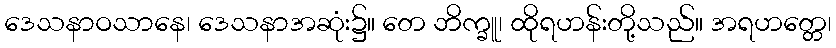
ဒေသနာဝသာနေ၊ ဒေသနာအဆုံး၌။ တေ ဘိက္ခူ၊ ထိုရဟန်းတို့သည်။ အရဟတ္တေ၊